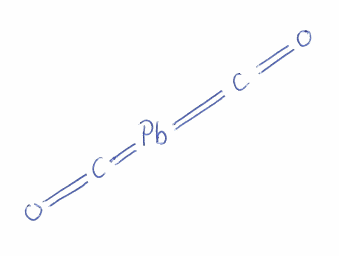
Simplified molecular-input line-entry system (SMILES) notation of the given molecule:
C(=O)=[Pb]=C=O